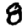
Digit: 8